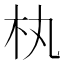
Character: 𣏒